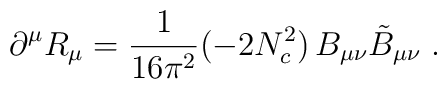
\partial^{\mu} R_{\mu} = \frac{1}{16\pi^2} (- 2N_{c}^2)\,B_{\mu\nu}\tilde{B}_{\mu\nu} \;.